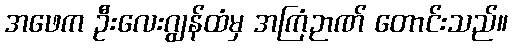
အဖေက ဦးလေးဂျွန်ထံမှ အကြံဉာဏ် တောင်းသည်။